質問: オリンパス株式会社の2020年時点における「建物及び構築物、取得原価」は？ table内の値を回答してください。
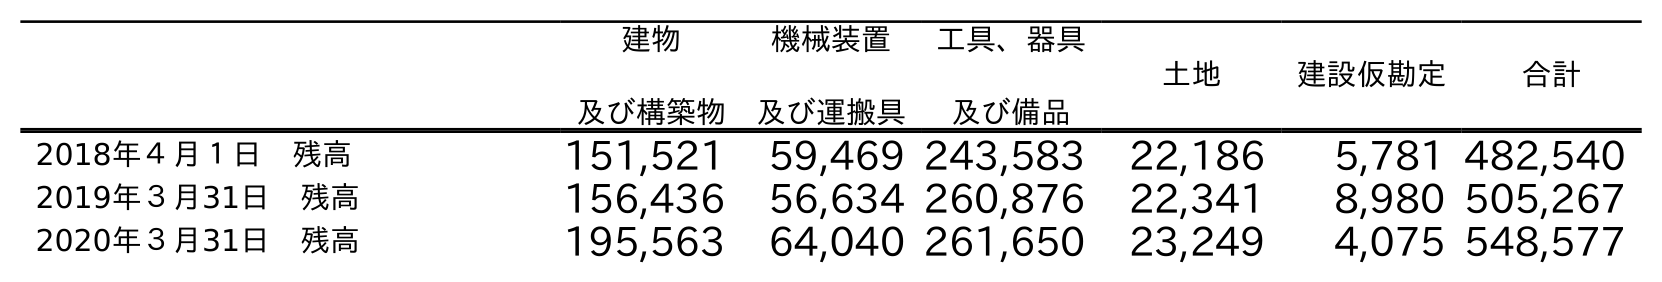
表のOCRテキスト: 建物 及び構築物 機械装置 及び運搬具 工具、器具 及び備品 土地 建設仮勘定 合計 2018年４月１日 残高 151,521 59,469 243,583 22,186 5,781 482,540 2019年３月31日 残高 156,436 56,634 260,876 22,341 8,980 505,267 2020年３月31日 残高 195,563 64,040 261,650 23,249 4,075 548,577
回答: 195,563